Madras plague regulations and rules - Volume 2
Disease focus: Plague
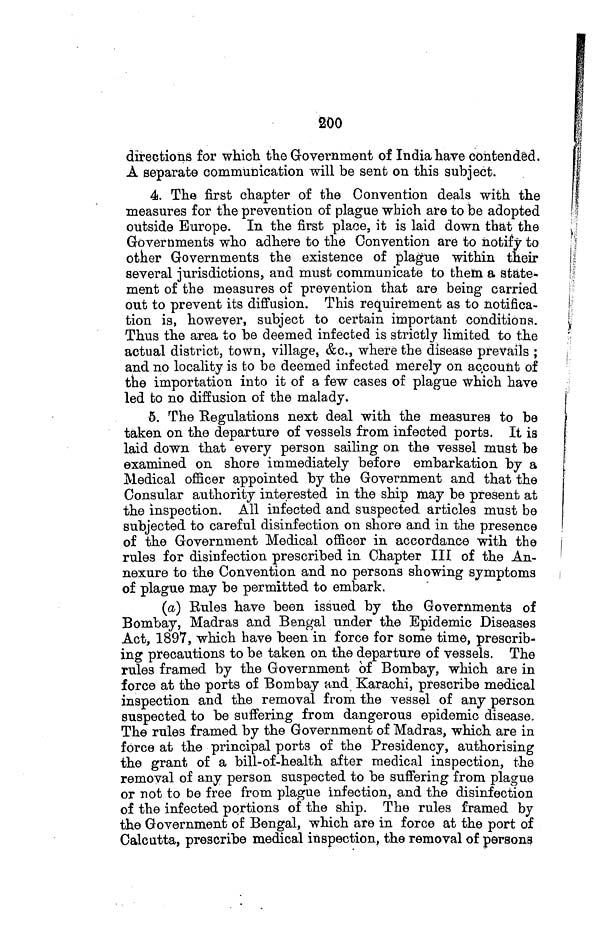
200
directions for which the Government of India have contended.
A separate communication will be sent on this subject.
4. The first chapter of the Convention deals with the
measures for the prevention of plague which are to be adopted
outside Europe. In the first place, it is laid down that the
Governments who adhere to the Convention are to notify to
other Governments the existence of plague within their
several jurisdictions, and must communicate to them a state-
ment of the measures of prevention that are being carried
out to prevent its diffusion. This requirement as to notifica-
tion is, however, subject to certain important conditions.
Thus the area to be deemed infected is strictly limited to the
actual district, town, village, &c., where the disease prevails ;
and no locality is to be deemed infected merely on account of
the importation into it of a few cases of plague which have
led to no diffusion of the malady.
6. The Regulations next deal with the measures to be
taken on the departure of vessels from infected ports. It is
laid down that every person sailing on the vessel must be
examined on shore immediately before embarkation by a
Medical officer appointed by the Government and that the
Consular authority interested in the ship may be present at
the inspection. All infected and suspected articles must be
subjected to careful disinfection on shore and in the presence
of the Government Medical officer in accordance with the
rules for disinfection prescribed in Chapter III of the An-
nexure to the Convention and no persons showing symptoms
of plague may be permitted to embark.
(a) Rules have been issued by the Governments of
Bombay, Madras and Bengal under the Epidemic Diseases
Act, 1897, which have been in force for Some time, prescrib-
ing precautions to be taken on the departure of vessels. The
rules framed by the Government of Bombay, which are in
force at the ports of Bombay and Karachi, prescribe medical
inspection and the removal from the vessel of any person
suspected to be suffering from dangerous epidemic disease.
The rules framed by the Government of Madras, which are in
force at the principal ports of the Presidency, authorising
the grant of a bill-of-health after medical inspection, the
removal of any person suspected to be suffering from plague
or not to be free from plague infection, and the disinfection
of the infected portions of the ship. The rules framed by
the Government of Bengal, which are in force at the port of
Calcutta, prescribe medical inspection, the removal of persons